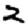
Digit: 2